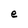
Character: e